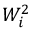
W _ { i } ^ { 2 }